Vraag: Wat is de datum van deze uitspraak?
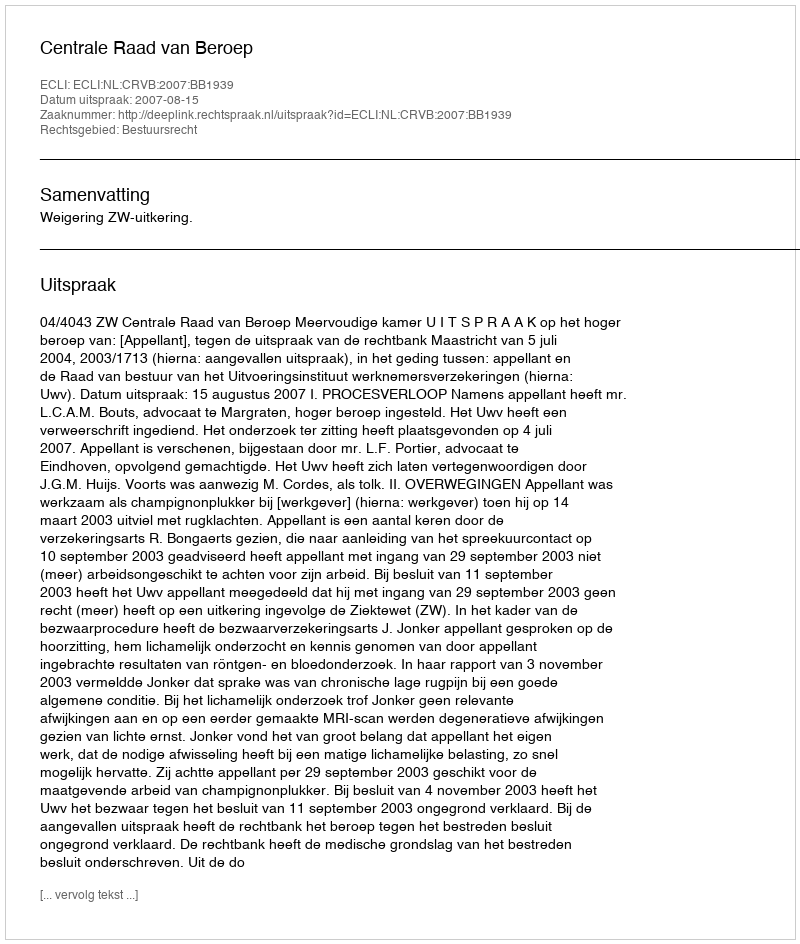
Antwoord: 2007-08-15